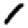
Digit: 1